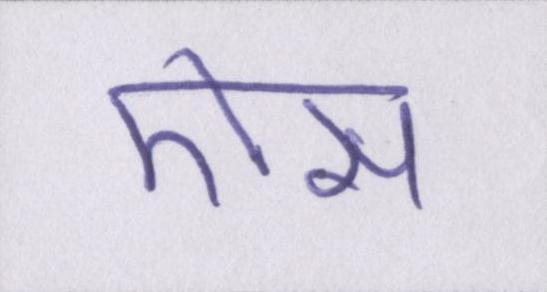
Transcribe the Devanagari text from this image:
ऎसा